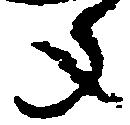
年